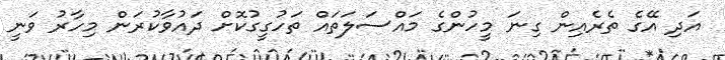
އަދި އޭގެ ތެރެއިން ގިނަ މީހުންގެ މައްސަލަތައް ތަހުގީގުކޮށް ދައުވާކުރަން މިހާރު ވަނީ